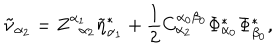
LaTeX: \tilde { \nu } _ { \alpha _ { 2 } } = Z _ { \; \; \alpha _ { 2 } } ^ { \alpha _ { 1 } } \tilde { \eta } _ { \alpha _ { 1 } } ^ { * } + \frac 1 2 C _ { \alpha _ { 2 } } ^ { \alpha _ { 0 } \beta _ { 0 } } \Phi _ { \alpha _ { 0 } } ^ { * } \Phi _ { \beta _ { 0 } } ^ { * } ,